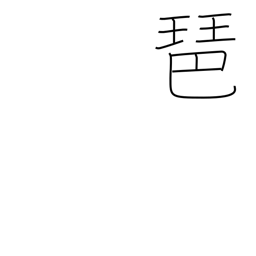
Meaning: lute